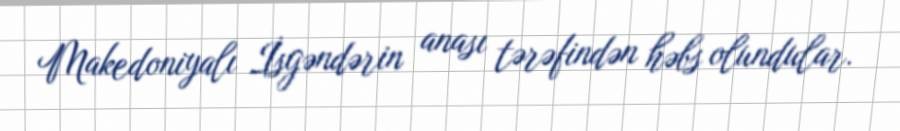
Makedoniyalı İsgəndərin anası tərəfindən həbs olundular.